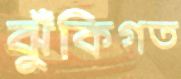
ঝুঁকিগত